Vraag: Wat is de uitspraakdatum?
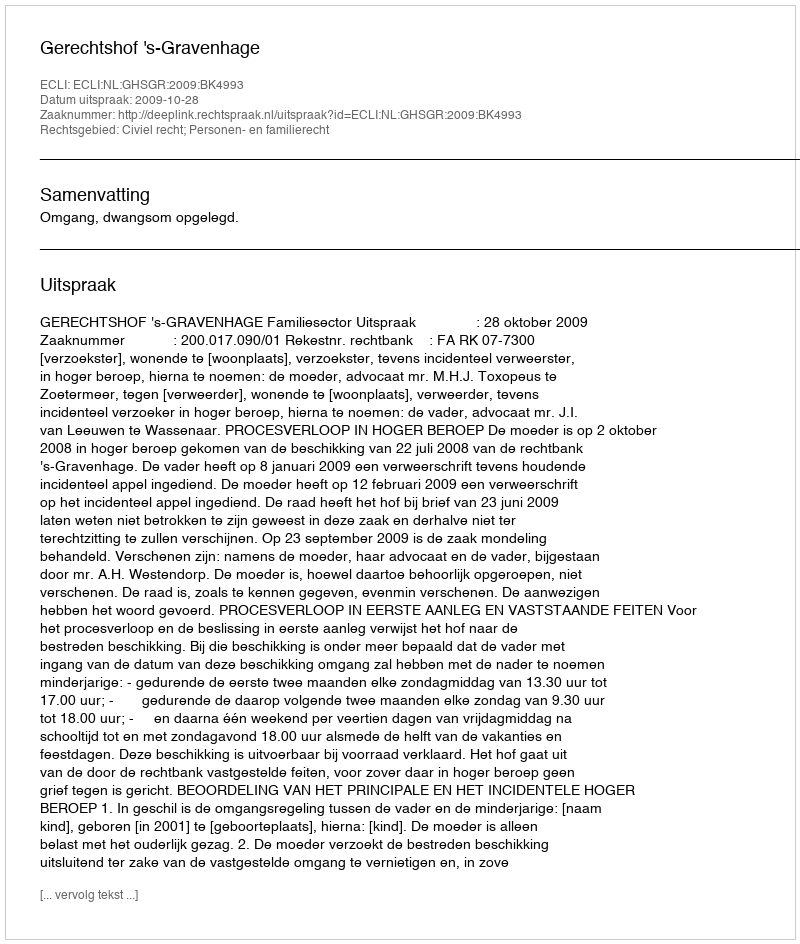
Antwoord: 2009-10-28